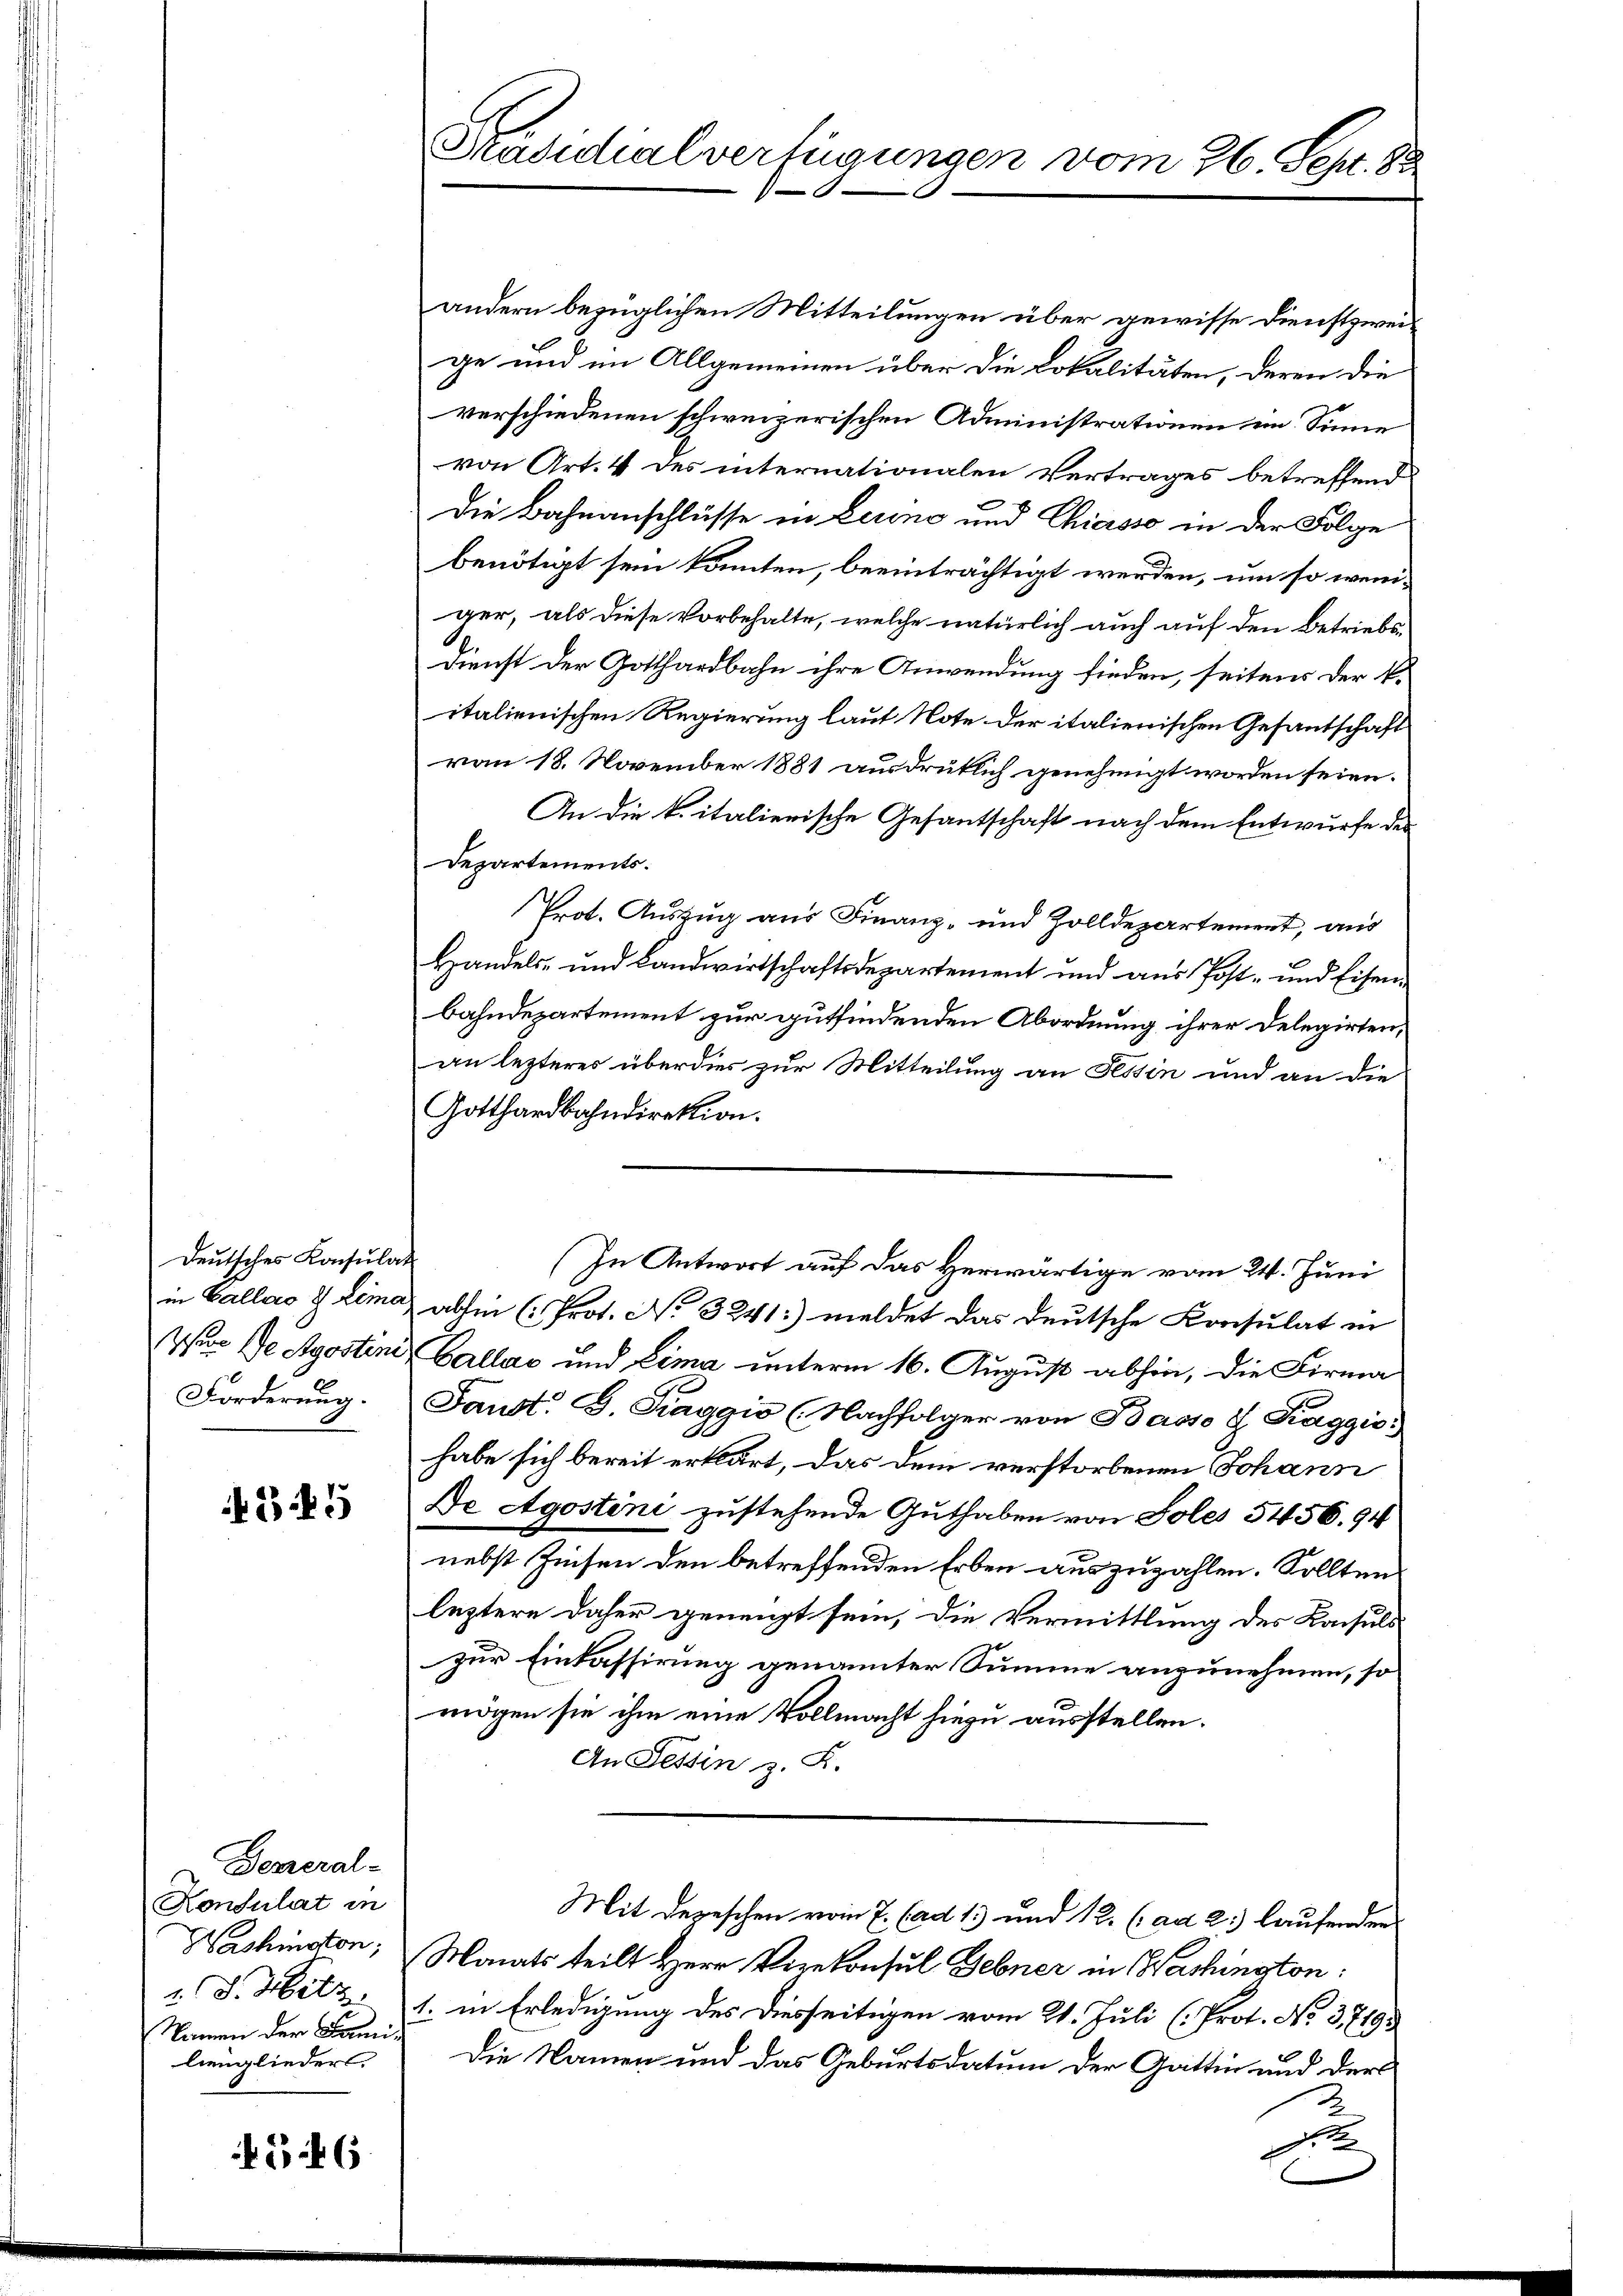
Deutsches Konsulat
in Gallao & Lima,
Wer de Apostini
Forderung.

35

General-
Konsulat in
Namen der Familienglieders.

546

Dradichialverfügungen vom 26. Sept. 88

andern bezüglichen Mitteilungen über gewisse Dienstzweige und im Allgemeinen über die Lokalitäten, deren die
verschiedenen schweizerischen Administrationen im Sinne
von Art. 4 des internationalen Vertrages betreffend
Die Bahnanschlusse in Lerne und Chiasso in der Folge
benötigt sein könnten, beeinträchtigt werden, um so weniger, als diese Vorbehalte, welche natürlich auch auf den Betriebs-
Dienst der Gotthardbahn ihre Anwendung finden, seitens der k.
italienischen Regierung laut Note der italienischen Gesantschaft
von 18. November 1881 ausdrüklich genehmigt worden seien.
An die k. italierische Gesantschaft nach dem Entwurfe des
Departements.
Prot. Auszug aus Finanz- und Zolldepartement, aus
Handels- und Landwirtschaftsdepartement und aŭs Post- und Eisen
bahndepartement zur gutfindenden Abordnung ihrer Delegirten,
an lezteres überdies zur Mitteilung an Tessin und an die
Gotthardbahndirektion.
(In Antwort auf das Herwärtige vom 24. Juni
abhin (Prot. No 3241:) meldet das deutsche Konsulat in
Callas und Eima unterm 16. August abhin, die Firma
Faust. B. Traggio (Nachfolger von Basso J. Kaggio:
habe sich bereit erklärt, das dem verstorbenen Johann
De Agostini zustehende Guthaben von Foles 5456. 94
nebst Zinsen den betreffenden Erben auszuzahlen. Sollten
leztere daher geneigt sein, die Vermittlung des Konsuls
zur Einkassirung genannter Summe anzunehmen, so
mögen sie ihm eine Vollmacht hiezu ausstellen.
An Tessin z. B.
Mit Depeschen vom 7. (ad 1) und 12. (ad 2.) laufender
Washington, Monats teilt Herr Vizekonsul Gebner in Washington:
.S. Metz. 1. in Erledigung des Diesseitigen vom 21. Juli (Prot. No. 37193
Die Namen und das Geburtsdatum der Gattin und der
S